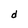
Character: d